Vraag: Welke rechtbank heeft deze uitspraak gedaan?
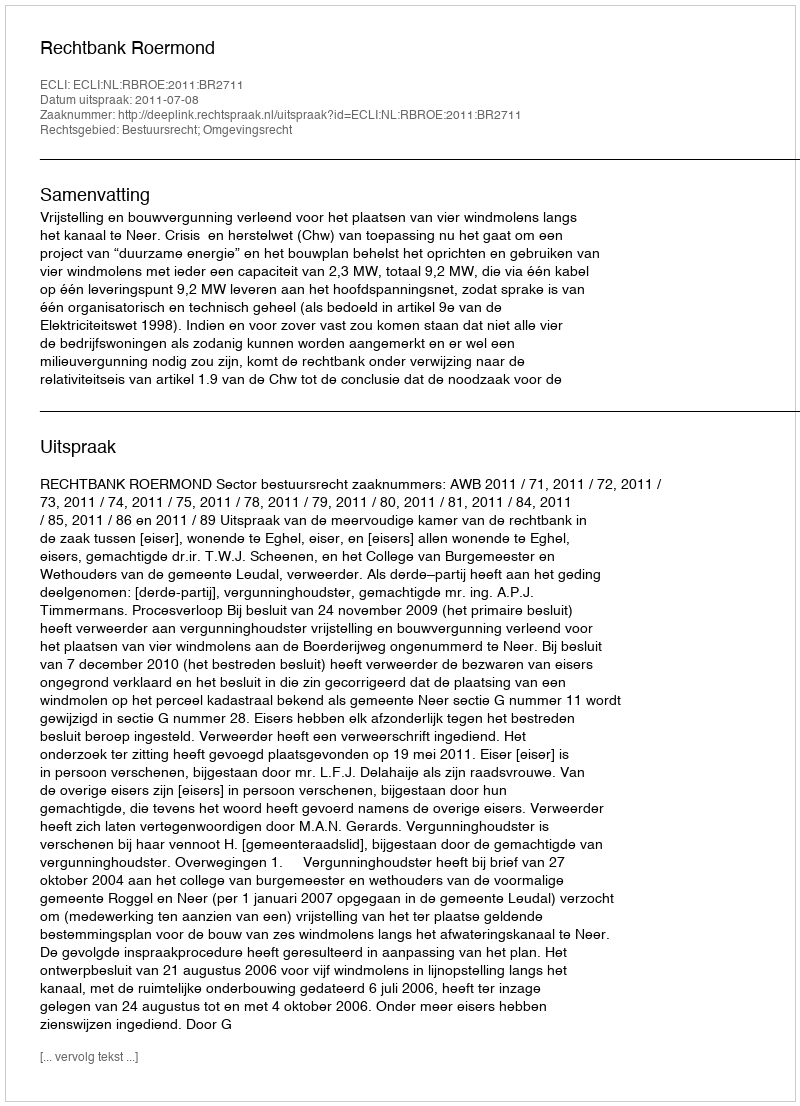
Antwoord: Rechtbank Roermond